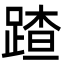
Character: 蹅